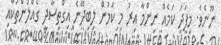
ނޫނެވެ. މިފަދަ ކަމެއް ނިންމާ އިރު މި ކަމުން ލިބިދޭނެ އިގްތިސާދީ ގެއްލުންތަކާއި